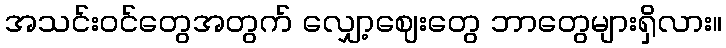
အသင်းဝင်တွေအတွက် လျှော့ဈေးတွေ ဘာတွေများရှိလား။